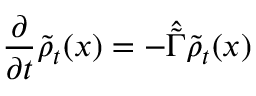
\frac { \partial } { \partial t } \tilde { \rho } _ { t } ( x ) = - \hat { \tilde { \Gamma } } \tilde { \rho } _ { t } ( x )